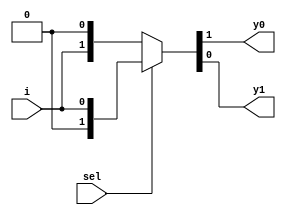
`timescale 1ns / 1ps

module demux_1_2(
    input sel,
    input i,
    output y0, y1
    );    
    assign {y0,y1} = sel?{1'b0,i}: {i,1'b0};
endmodule

module demux_or_gate(
    input a, b,
    output or_g
    );
        wire w0, w1, w2;
        
    demux_1_2 gate(b, ~a, w0, w1);
    demux_1_2 not_t(w0, 1'b1, or_g, w2);
endmodule